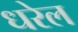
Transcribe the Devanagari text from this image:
धरेल